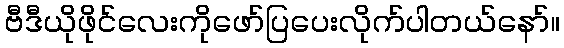
ဗီဒီယိုဖိုင်လေးကိုဖော်ပြပေးလိုက်ပါတယ်နော်။